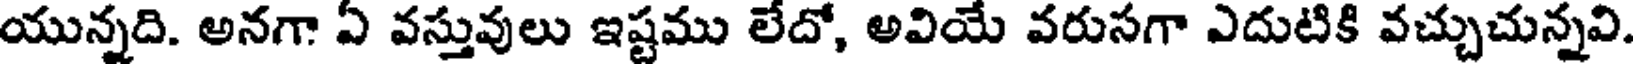
యున్నది. అనగా ఏ వస్తువులు ఇష్టము లేదో, అవియే వరుసగా ఎదుటికి వచ్చుచున్నవి.